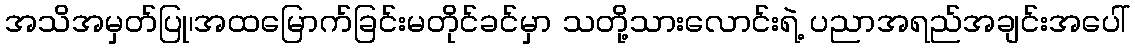
အသိအမှတ်ပြု၊အထမြောက်ခြင်းမတိုင်ခင်မှာ သတို့သားလောင်းရဲ့ ပညာအရည်အချင်းအပေါ်